Civil Veterinary Department Bengal reports 1923-33 - 1923-1933
Year: 1923
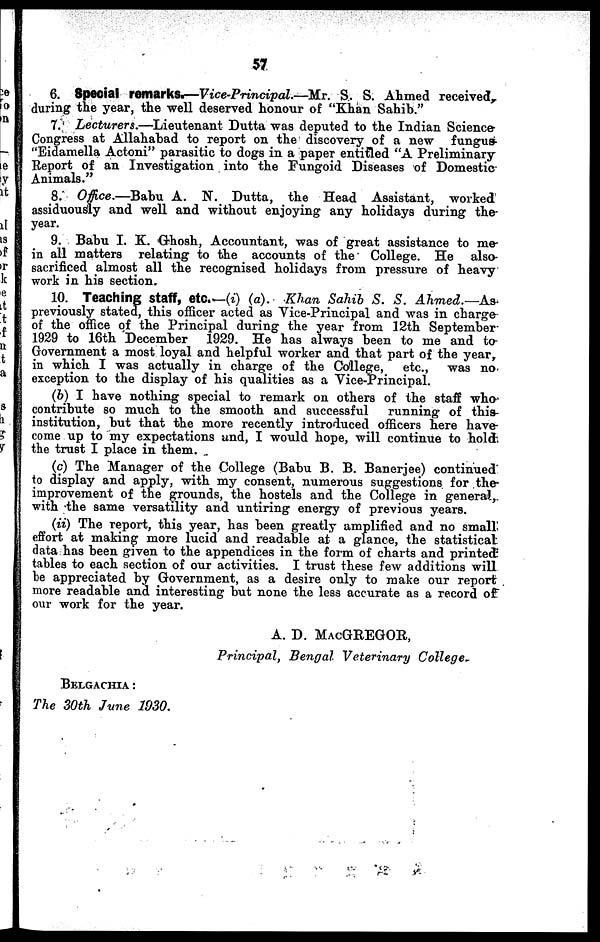
57
6. Special remarks.—Vice-Principal.—Mr. S. S. Ahmed received,
during the year, the well deserved honour of "Khan Sahib."
7. Lecturers.—Lieutenant
Dutta was deputed to the Indian Science
Congress at Allahabad to report on the discovery of a new
fungus
"Eidamella Actoni" parasitic to dogs in a paper entitled "A Preliminary
Report of an Investigation into the Fungoid Diseases of Domestic
Animals."
8. Office.—Babu A. N. Dutta, the Head Assistant, worked
assiduously and well and without enjoying any holidays during the
year.
9. Babu I. K. Ghosh, Accountant, was of great assistance to me-
in all matters relating to the accounts of the College. He also-
sacrificed almost all the recognised holidays from pressure of heavy
work in his section.
10. Teaching staff, etc.—(i) (a). Khan Sahib S. S.
Ahmed.—As
previously stated, this officer acted as Vice-Principal and was in charge
of the office of the Principal during the year from 12th September¬
1929 to 16th December
1929. He has always been to me and to¬
Government a most loyal and helpful worker and that part of the year,
in which I was actually in charge of the College,
etc., was no
exception to the display of his qualities as a Vice-Principal.
(b) I have nothing special to remark on others of the staff who
contribute so much to the smooth and successful
running of this-
institution, but that the more recently introduced officers here have-
come up to my expectations and, I would hope, will continue to hold
the trust I place in them.
(c) The Manager of the College (Babu B. B. Banerjee) continued
to display and apply, with my consent, numerous suggestions for the
improvement of the grounds, the hostels and the College in general,
with the same versatility and untiring energy of previous years.
(ii) The report, this year, has been greatly amplified and no small
effort at making more lucid and readable at a glance, the statistical
data has been given to the appendices in the form of charts and printed
tables to each section of our activities. I trust these few additions will
be appreciated by Government, as a desire only to make our report
more readable and interesting but none the less accurate as a record of
our work for the year.
A. D. MACGREGOR,
Principal, Bengal Veterinary College¬
BELGACHIA:
The 30th June 1930.